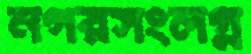
নগরসংলগ্ন